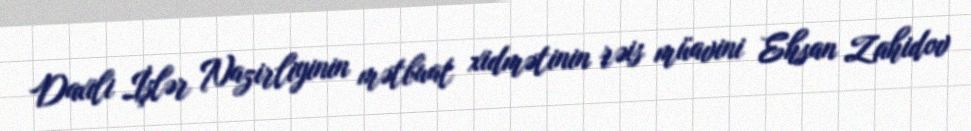
Daxili İşlər Nazirliyinin mətbuat xidmətinin rəis müavini Ehsan Zahidov